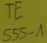
Text: TE555-1